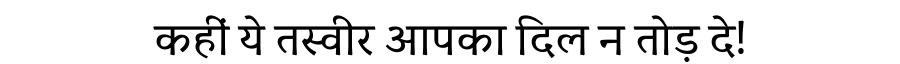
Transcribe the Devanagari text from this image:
कहीं ये तस्वीर आपका दिल न तोड़ दे!